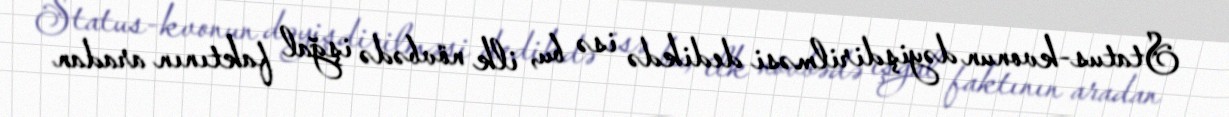
Status-kvonun dəyişdirilməsi dedikdə isə bu, ilk növbədə işğal faktının aradan